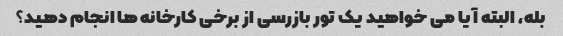
بله، البته آیا می خواهید یک تور بازرسی از برخی کارخانه ها انجام دهید؟